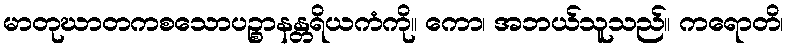
မာတုဃာတကစသောပဉ္စာနန္တရိယကံကို။ ကော၊ အဘယ်သူသည်။ ကရောတိ၊